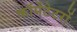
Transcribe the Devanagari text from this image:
कॉमेंटेटरों